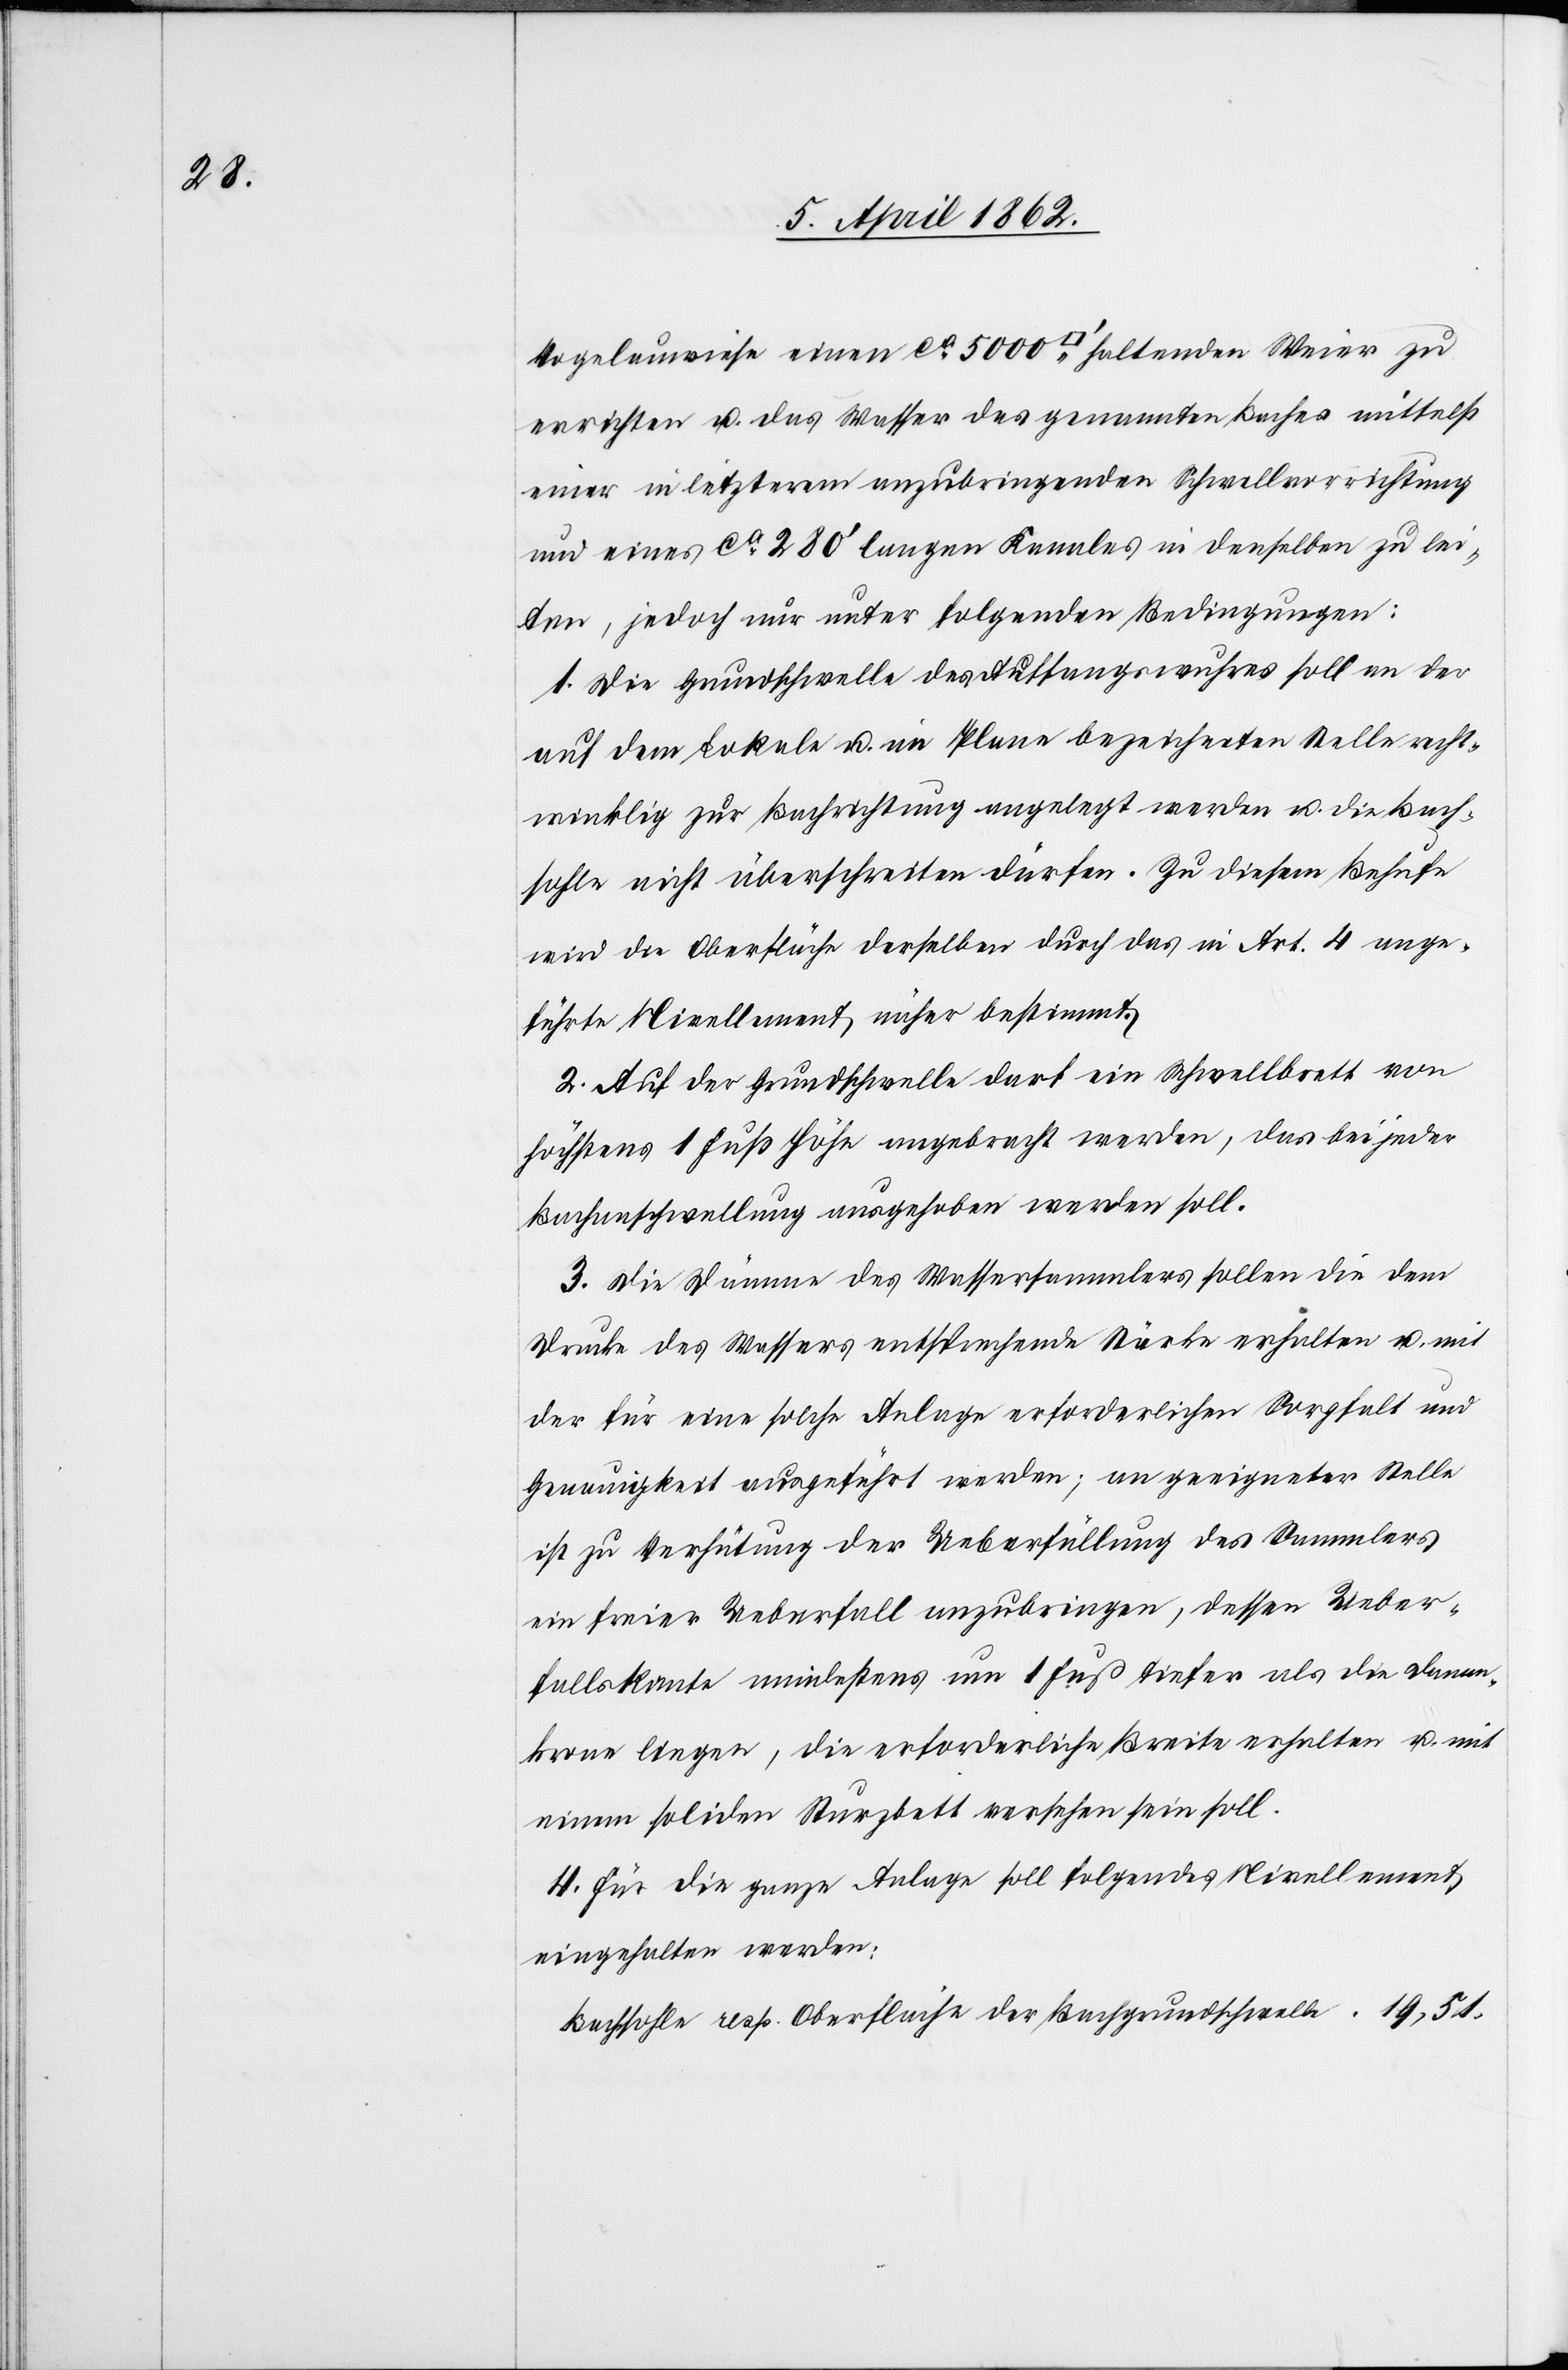
Vogelauwiese einen ca. 5000 [Quadratfuß] haltenden Weier zu
errichten u. das Wasser des genannten Baches mittelst
einer in letzterem anzubringenden Schwellvorrichtung
und eines ca. 280’ langen Kanales in denselben zu lei¬
ten, jedoch nur unter folgenden Bedingungen:
1. Die Grundschwelle des Auffangwuhres soll an der
auf dem Lokale u. im Plane bezeichneten Stelle recht¬
winklig nicht überschreiten dürfen. Zu diesem Behufe
wird die Oberfläche derselben durch das in Art. 4. ange¬
führte Nivellement näher bestimmt.
2. Auf der Grundschwelle darf ein Schwellbrett von
höchstens 1 Fuß Höhe angebracht werden, das bei jeder
Bachanschwellung ausgehoben werden soll.
3. Die Dämme des Wassersammlers sollen die dem
Drucke des Wassers entsprechende Stärke erhalten u. mit
der für eine solche Anlage erforderlichen Sorgfalt und
Genauigkeit ausgeführt werden; an geeigneter Stelle
ist zu Verhütung der Ueberfüllung des Sammlers
ein freier Ueberfall anzubringen, dessen Ueber¬
fallskante mindestens um 1 Fuß tiefer als die Damm¬
krone liegen, die erforderliche Breite erhalten u. mit
einem soliden Sturzbett versehen sein soll.
4. für die ganze Anlage soll folgendes Nivellement
eingehalten werden:
Bachsohle resp. Oberfläche der Bachgrundschwelle